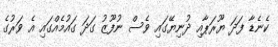
ކެނެޑާ ފަދަ ޔޫރަޕާއި ދުނިޔޭގައި ވެސް ނުފޫޒު ގަދަ ގައުމެއްގައި އެ ވަރުގެ